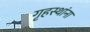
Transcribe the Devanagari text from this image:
गृहस्थांना